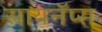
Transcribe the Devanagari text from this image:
सायनॅप्स